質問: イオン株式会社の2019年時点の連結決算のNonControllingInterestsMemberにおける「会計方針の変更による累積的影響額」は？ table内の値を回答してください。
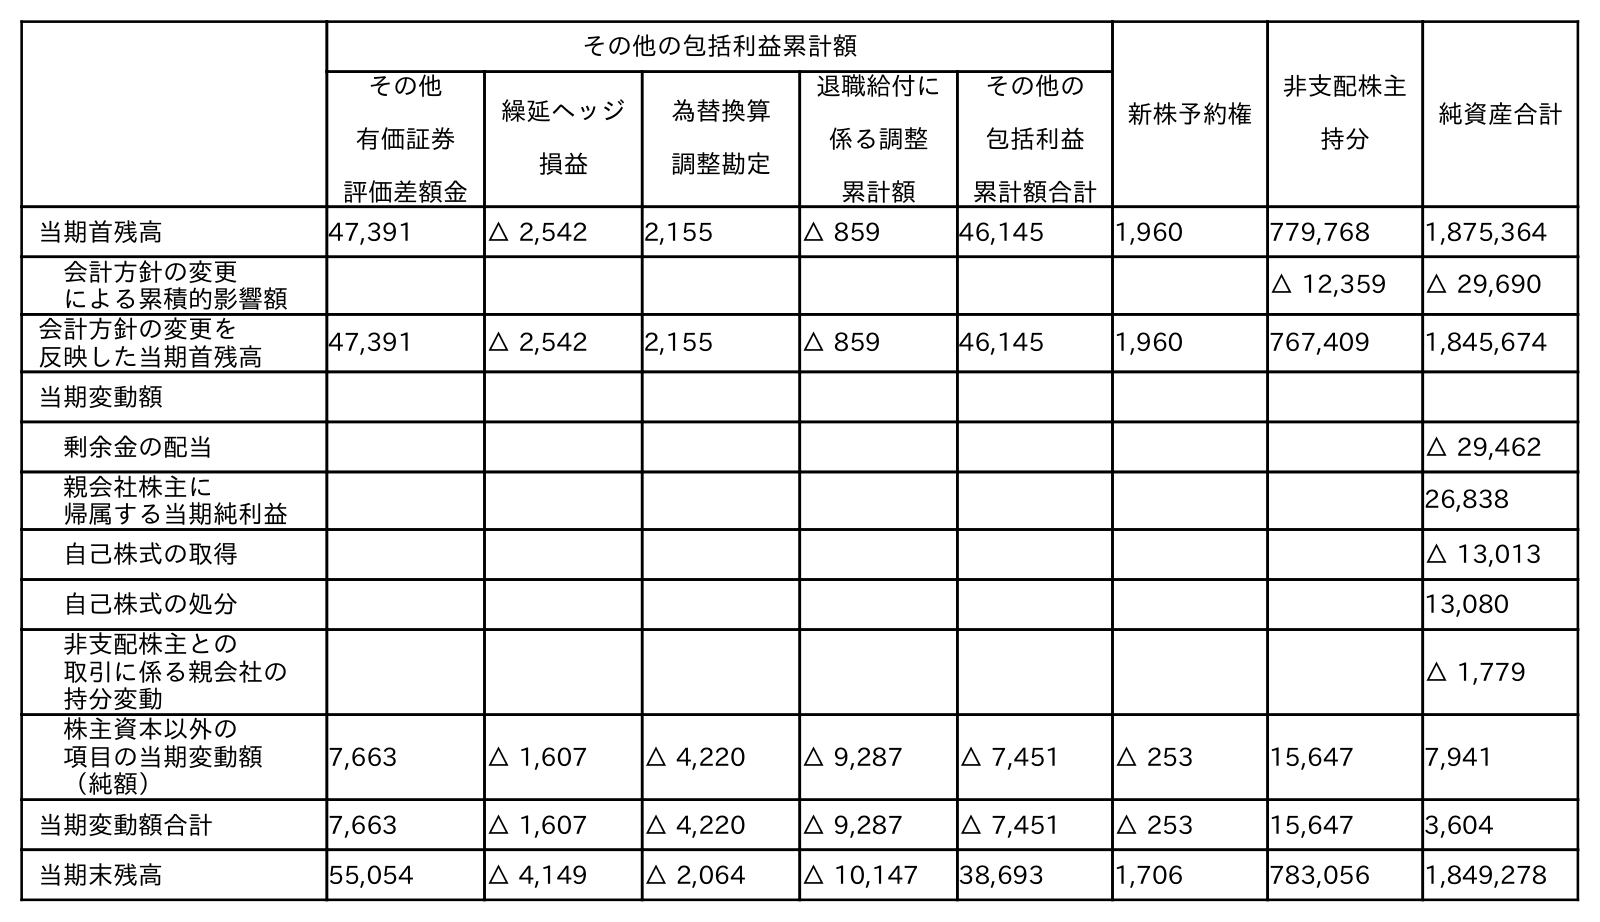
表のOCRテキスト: その他の包括利益累計額 新株予約権 非支配株主 持分 純資産合計 その他 有価証券 評価差額金 繰延ヘッジ 損益 為替換算 調整勘定 退職給付に 係る調整 累計額 その他の 包括利益 累計額合計 当期首残高 47,391 △ 2,542 2,155 △ 859 46,145 1,960 779,768 1,875,364 会計方針の変更 による累積的影響額 △ 12,359 △ 29,690 会計方針の変更を 反映した当期首残高 47,391 △ 2,542 2,155 △ 859 46,145 1,960 767,409 1,845,674 当期変動額 剰余金の配当 △ 29,462 親会社株主に 帰属する当期純利益 26,838 自己株式の取得 △ 13,013 自己株式の処分 13,080 非支配株主との 取引に係る親会社の 持分変動 △ 1,779 株主資本以外の 項目の当期変動額 （純額） 7,663 △ 1,607 △ 4,220 △ 9,287 △ 7,451 △ 253 15,647 7,941 当期変動額合計 7,663 △ 1,607 △ 4,220 △ 9,287 △ 7,451 △ 253 15,647 3,604 当期末残高 55,054 △ 4,149 △ 2,064 △ 10,147 38,693 1,706 783,056 1,849,278
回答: △12,359